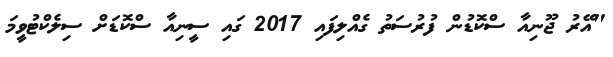
"އޭރު ޖޫނިއާ ސްކޮޑުން ފުރުސަތު ގެއްލިފައި 2017 ގައި ސީނިއާ ސްކޮޑަށް ސިލެކްޓުވީމަ